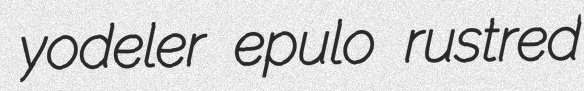
yodeler epulo rustred